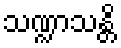
သဏ္ဍာသန္တိ